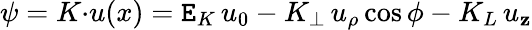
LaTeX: \psi=K{\cdot}u(x)=\mathtt{E}_{K}\, u_{0}-K_{\perp}\, u_{\rho}\cos\phi-K_{L}\, u_{\mathbf{z}}